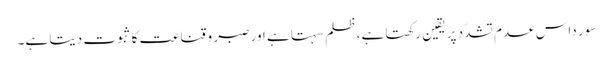
سور داس عدم تشدّد پر یقین رکھتا ہے، ظلم سہتا ہے اور صبر و قناعت کا ثبوت دیتا ہے۔